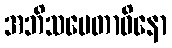
အဘိသမေတာဝိနော